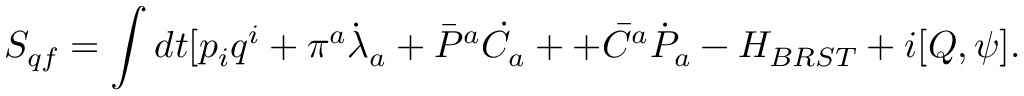
S _ { q f } = \int d t [ p _ { i } q ^ { i } + \pi ^ { a } \dot { \lambda } _ { a } + \bar { P } ^ { a } \dot { C } _ { a } + + \bar { C } ^ { a } \dot { P } _ { a } - H _ { B R S T } + i [ Q , \psi ] .